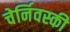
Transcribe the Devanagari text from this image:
चेर्निवस्की